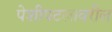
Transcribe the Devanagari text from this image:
पेशीपटलावरील